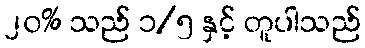
၂၀% သည် ၁/၅ နှင့် တူပါသည်